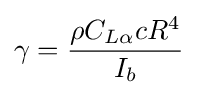
\gamma ={\frac {\rho C_{L\alpha }cR^{4}}{I_{b}}}